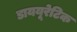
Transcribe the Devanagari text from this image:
डाययूरेटिक